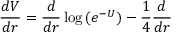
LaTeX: { \frac { d V } { d r } } = { \frac { d } { d r } } \log { ( e ^ { - U } ) } - { \frac { 1 } { 4 } } { \frac { d } { d r } }